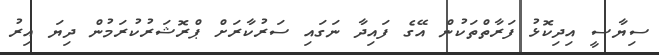
ސިޔާސީ އިދިކޮޅު ފަރާތްތަކުން އޭގެ ފައިދާ ނަގައި ސަރުކާރަށް ޕްރޮޝަރުކުރަމުން ދިޔަ އިރު